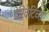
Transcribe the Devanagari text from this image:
डेरिवेटिव्स